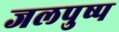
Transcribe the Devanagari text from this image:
जलपुष्प